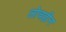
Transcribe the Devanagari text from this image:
लोचहीन